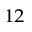
_ { 1 2 }